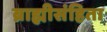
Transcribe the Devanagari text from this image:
ब्राह्मीसंहिता